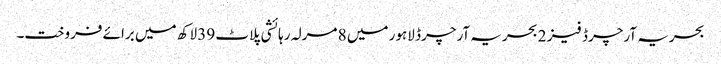
بحریہ آرچرڈ فیز 2 بحریہ آرچرڈ لاہور میں 8 مرلہ رہائشی پلاٹ 39 لاکھ میں برائے فروخت۔